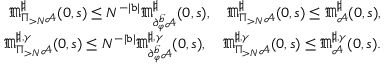
\begin{array} { r } { \mathfrak { M } _ { \Pi _ { > N } \mathcal { A } } ^ { \sharp } ( 0 , s ) \le N ^ { - | \mathtt { b } | } \mathfrak { M } _ { \partial _ { \varphi } ^ { \vec { b } } \mathcal { A } } ^ { \sharp } ( 0 , s ) , \quad \mathfrak { M } _ { \Pi _ { > N } \mathcal { A } } ^ { \sharp } ( 0 , s ) \le \mathfrak { M } _ { \mathcal { A } } ^ { \sharp } ( 0 , s ) , } \\ { \mathfrak { M } _ { \Pi _ { > N } \mathcal { A } } ^ { \sharp , \gamma } ( 0 , s ) \le N ^ { - | \mathtt { b } | } \mathfrak { M } _ { \partial _ { \varphi } ^ { \vec { b } } \mathcal { A } } ^ { \sharp , \gamma } ( 0 , s ) , \quad \mathfrak { M } _ { \Pi _ { > N } \mathcal { A } } ^ { \sharp , \gamma } ( 0 , s ) \le \mathfrak { M } _ { \mathcal { A } } ^ { \sharp , \gamma } ( 0 , s ) . } \end{array}